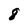
Character: 8